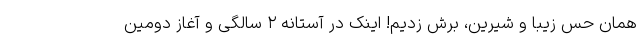
همان حس زیبا و شیرین، برش زدیم! اینک در آستانه ۲ سالگی و آغاز دومین